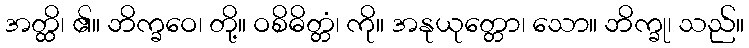
အတ္ထိ၊ ၏။ ဘိက္ခဝေ၊ တို့။ ဝစိဓိတ္တံ၊ ကို။ အနုယုတ္တော၊ သော။ ဘိက္ခု၊ သည်။